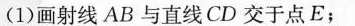
(1)画射线AB与直线CD交于点E；